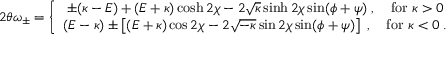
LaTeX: { 2 \theta \omega _ { \pm } } = \left\{ \begin{array} { c } { { \pm ( \kappa - { \cal E } ) + ( { \cal E } + \kappa ) \cosh 2 \chi - 2 \sqrt { \kappa } \sinh 2 \chi \sin ( \phi + \psi ) \; , \quad \mathrm { f o r ~ } \kappa > 0 } } \\ { { ( { \cal E } - \kappa ) \pm \left[ ( { \cal E } + \kappa ) \cos 2 \chi - 2 \sqrt { - \kappa } \sin 2 \chi \sin ( \phi + \psi ) \right] \; , \quad \mathrm { f o r ~ } \kappa < 0 \; . } } \end{array} \right.